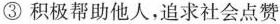
③积极帮助他人，追求社会点赞